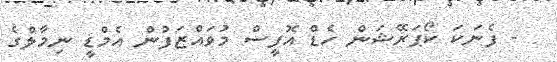
- ފެނަކަ ކޯޕަރޭޝަން ހެޑް އޮފީސް މުވައްޒަފުން އެމްޑީ ނިމާލްގެ